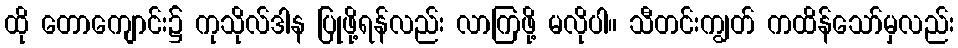
ထို တောကျောင်း၌ ကုသိုလ်ဒါန ပြုဖို့ရန်လည်း လာကြဖို့ မလိုပါ။ သီတင်းကျွတ် ကထိန်သော်မှလည်း